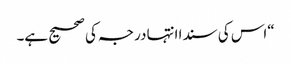
“اس کی سندا انتہا درجہ کی صحیح ہے۔